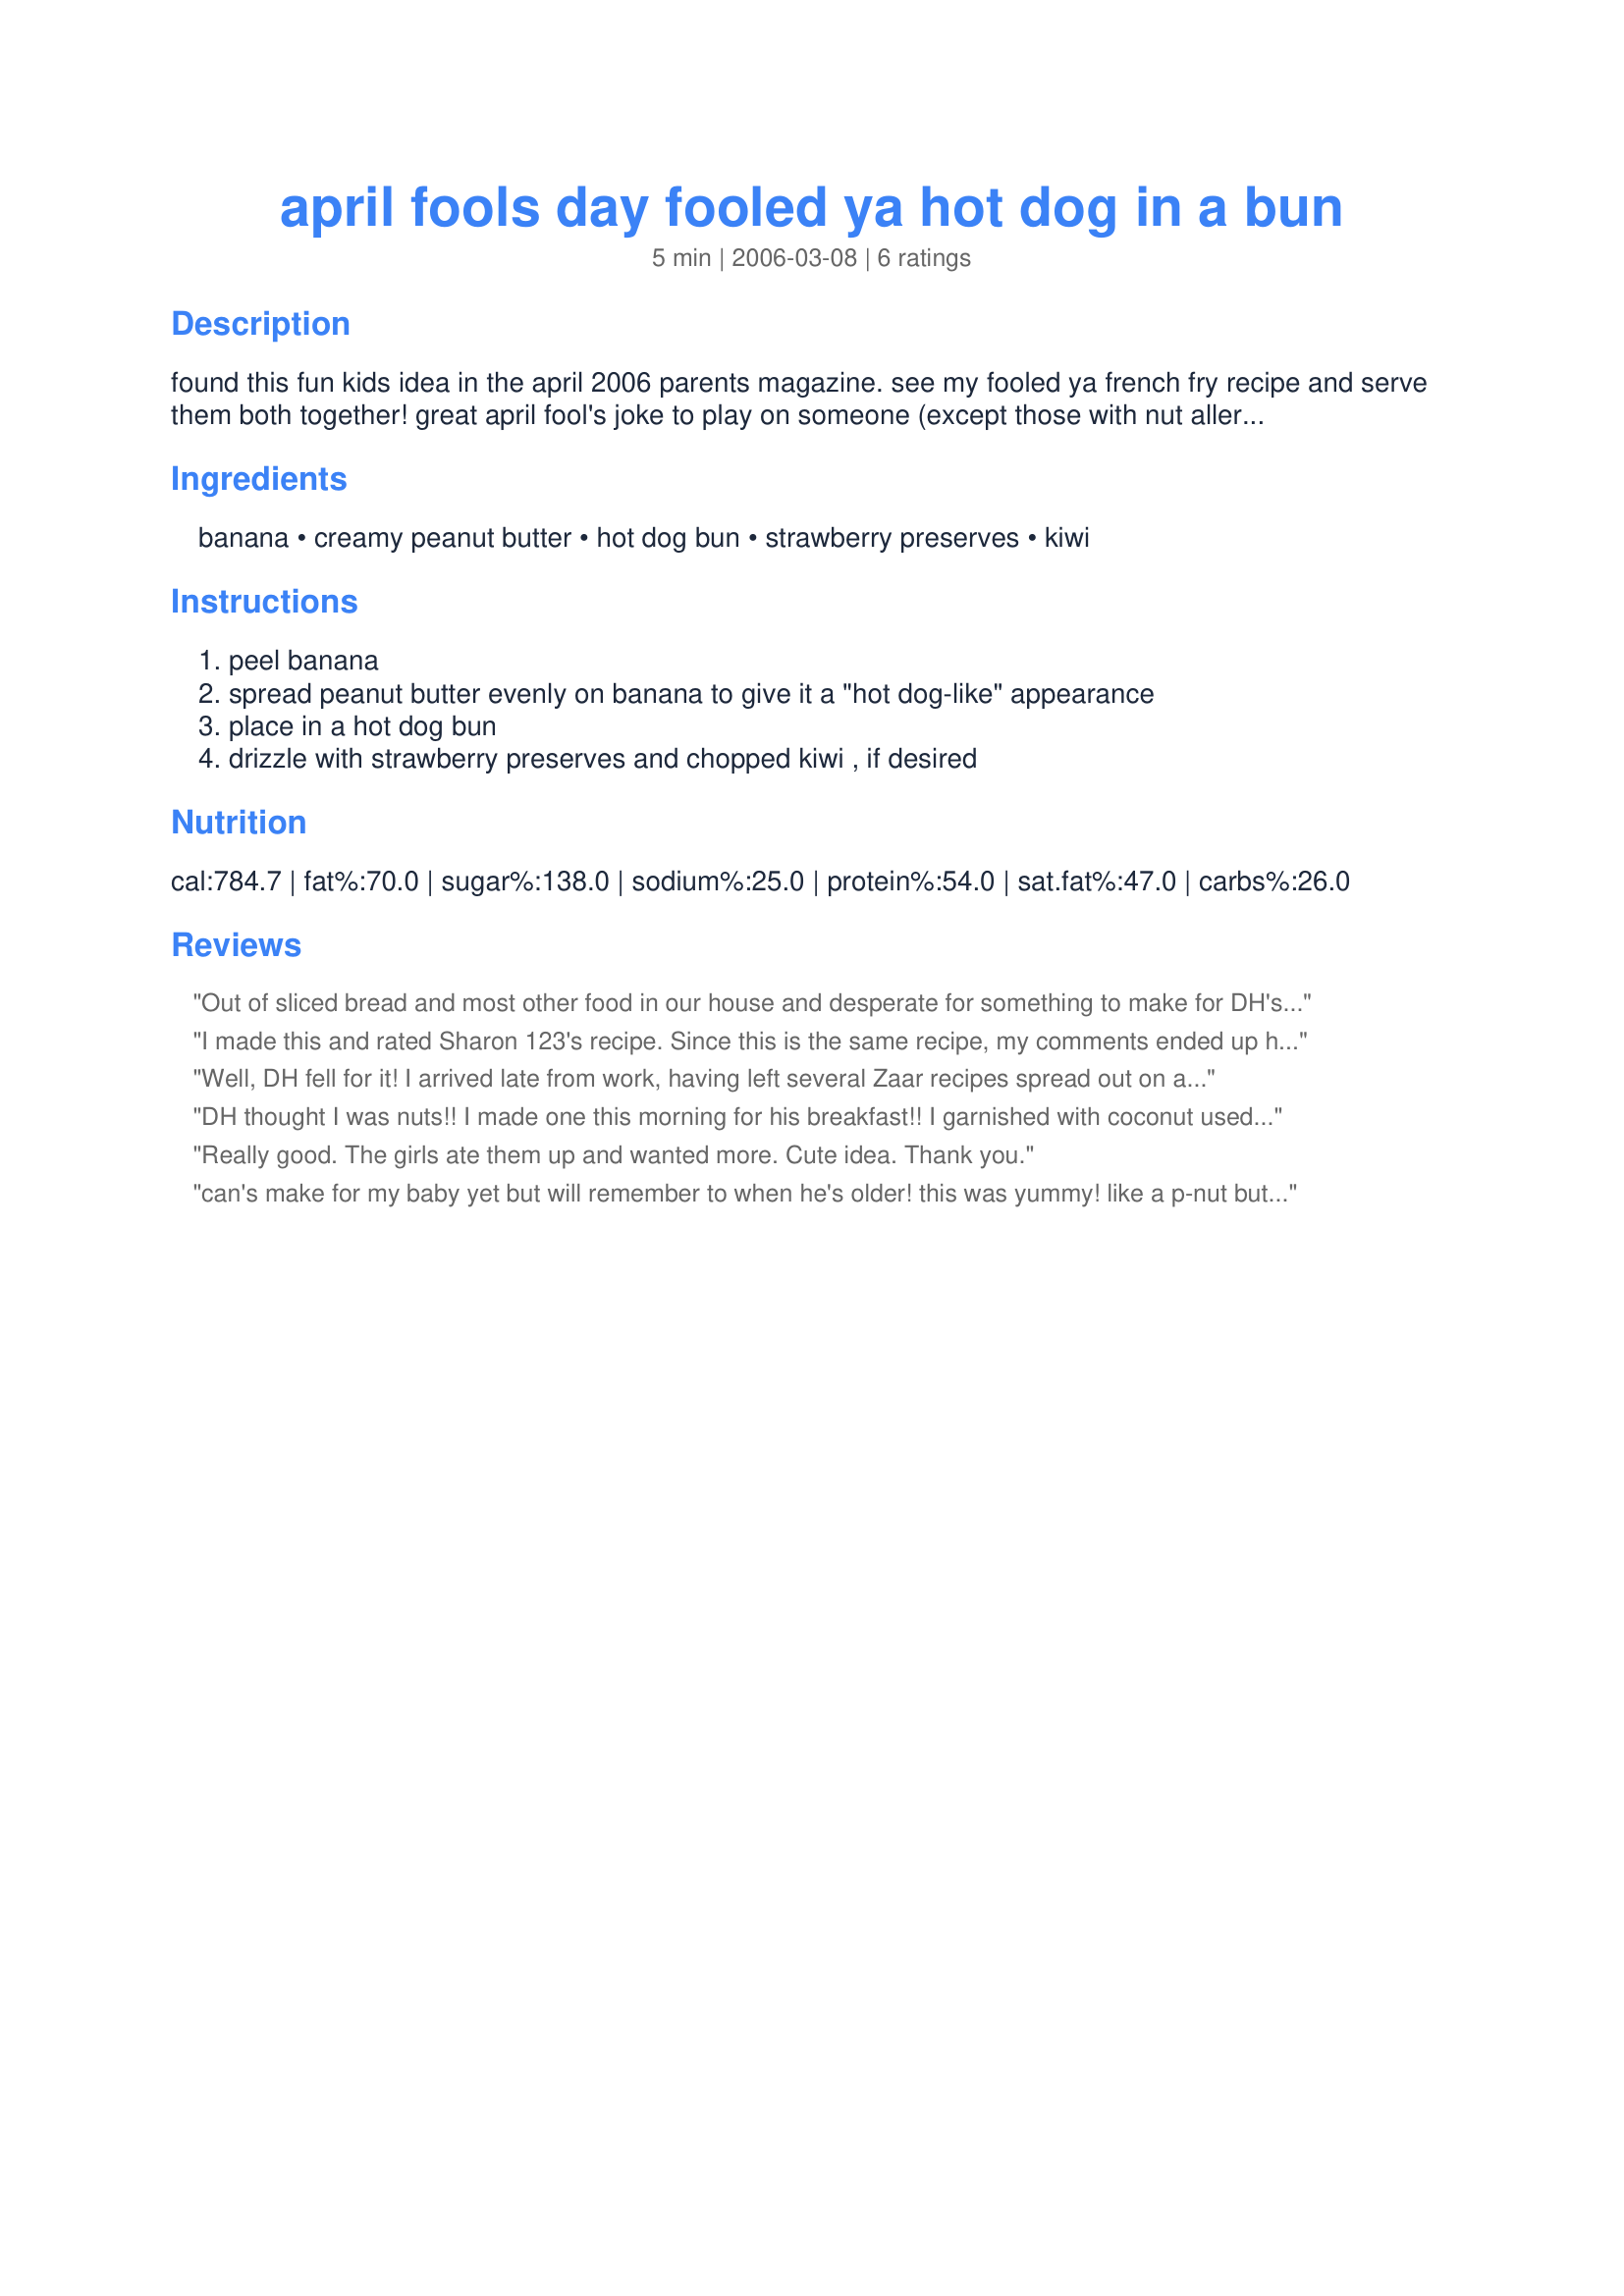
april fools day fooled ya hot dog in a bun
Preparation time: 5 minutes

found this fun kids idea in the april 2006 parents magazine. see my fooled ya french fry recipe and serve them both together! great april fool's joke to play on someone (except those with nut allergies)!

Ingredients:
banana, creamy peanut butter, hot dog bun, strawberry preserves, kiwi

Steps:
peel banana, spread peanut butter evenly on banana to give it a "hot dog-like" appearance, place in a hot dog bun, drizzle with strawberry preserves and chopped kiwi , if desired

Reviews:
Out of sliced bread and most other food in our house and desperate for something to make for DH's lunch to take to work, I found found a package of hot dot buns in the freezer and our last banana and made this. Peanut butter, banana, on a perfectly shaped bread for the job-yes! Thank you for lodging this idea in the recesses of my mind. It came up at the perfect time.
I made this and rated Sharon 123's recipe. Since this is the same recipe, my comments ended up here too. SO...thanks to Rose's Momma for giving me that head's up. With that, here is the comments I left for Sharon's recipe. "I would have NEVER thought of doing this. I guess the most simple delicious stuff doesn't occur to me. That's probably due to all the blond hair dye! LOL...but when I got home from the hospital, I started trying to find things that wouldn't tire me out to fix when Mom's not here and that I'm craving like mad bananas. This was PERFECT for breakfast! and didn't fill me up and stretch out my tummy stitches. I did toast my bun so it would be warm, used my blueberry all-fruit, and a big ole just yellow banana. I sure was a happy gal!"
Well, DH fell for it! I arrived late from work, having left several Zaar recipes spread out on a placemat, and proceeded to make the recipe on the counter directly in his line of vision. Then I placed this on his placemat, "Here's your dinner!" It took a while for it to sink in... Then I announced I was taking him out to dinner, "Fooled Ya!" This was perfect for the man who craves peanut butter. Made for Top Favorites of 2008 Tag as a prize for Mom2Rose for tagging out appleydapply (aka "FROG #8).
DH thought I was nuts!!
I made one this morning for his breakfast!!
I garnished with coconut used Strawberry jam. I toasted the bun.
I won't eat this but I knew who would!!
This is a perfect breakfast for kids...or big kids :))
Really good. The girls ate them up and wanted more. Cute idea. Thank you.
can's make for my baby yet but will remember to when he's older! this was yummy! like a p-nut butter and banana sandwich. i did use reg slice of bread as i didn't have any hotdog buns! just yummy and quick pick me up.
